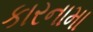
કારનામા